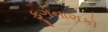
ફૂગનાશકો